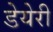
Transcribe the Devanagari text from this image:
डेयेरी